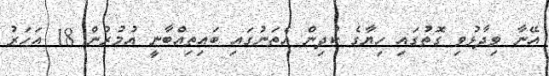
އޭނާ ވިދާޅުވި ގޮތުގައި ހިޔާގެ ކުދިން އެތަނުގައި ބައިތިއްބާނީ އުމުރުން 18 އަހަރު